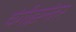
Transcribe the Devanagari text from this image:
चंगीझनंतर